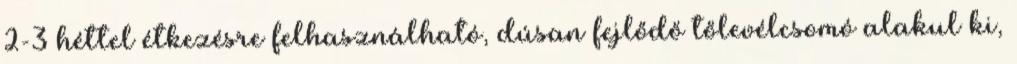
2-3 héttel étkezésre felhasználható, dúsan fejlődő tőlevélcsomó alakul ki,